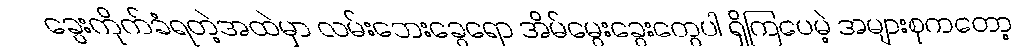
ခွေးကိုက်ခံရတဲ့အထဲမှာ လမ်းဘေးခွေရော အိမ်မွေးခွေးတွေပါ ရှိကြပေမဲ့ အများစုကတော့